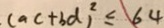
. ( a c + b d ) ^ { 2 } \leq 6 4